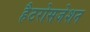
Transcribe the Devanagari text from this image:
हैटरोसजेशन